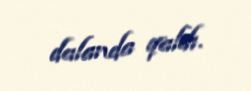
dalanda qaldı.